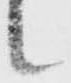
候